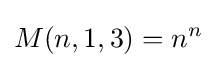
M(n,1,3)=n^{n}